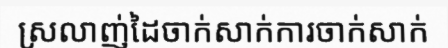
ស្រលាញ់ដៃចាក់សាក់ការចាក់សាក់